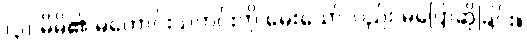
(၃) မိမိ၏ မကောင်းသတင်းကို မေးသော်လည်း မပြောဆိုခြင်း။